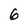
Character: 6